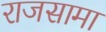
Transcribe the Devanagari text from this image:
राजसामा